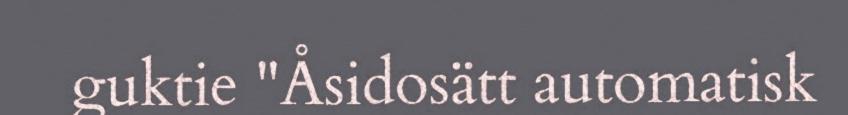
guktie "Åsidosätt automatisk